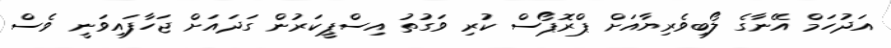
އަދުހަމް އޭނާގެ ލޯބިވެރިޔާއަށް ޕްރޮޕޯސް ކުރި ވަގުތު އިސްޕީކަރުން ގަދައަށް ޖަހާފައިވަނީ ވެސް